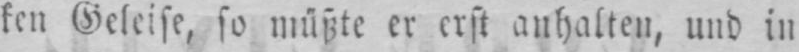
ken Geleise, so müßte er erst anhalten, und in